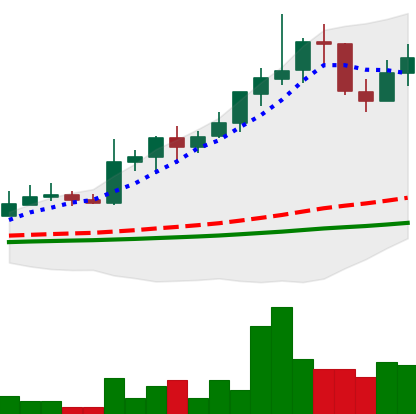
Ticker: LINK-USD
Chart end date: 2019-05-28
Forward return: -20.618%
Label: down_7plus